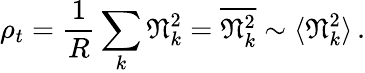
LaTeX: \rho_{t}=\frac 1R\sum_{k}\mathfrak{N}_{k}^{2}=\overline{{\mathfrak{N}_{k}^{2}}}\sim\langle\mathfrak{N}_{k}^{2}\rangle\, .